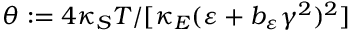
\theta : = 4 \kappa _ { S } T / [ \kappa _ { E } ( \varepsilon + b _ { \varepsilon } \gamma ^ { 2 } ) ^ { 2 } ]